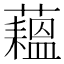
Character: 𬟇